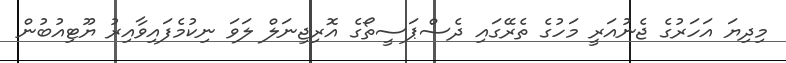
މިދިޔަ އަހަރުގެ ޖެނުއަރީ މަހުގެ ތެރޭގައި ދެސްޕަސީތޯގެ އޮރިޖިނަލް ލަވަ ނިކުމެފައިވާއިރު ޔޫޓިއުބުން